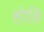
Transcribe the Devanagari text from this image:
होहि